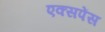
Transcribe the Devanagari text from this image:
एक्सपेंस